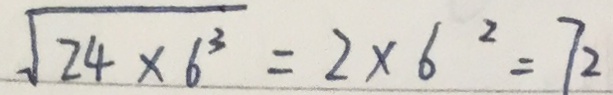
\sqrt { 2 4 \times 6 ^ { 3 } } = 2 \times 6 ^ { 2 } = 7 2